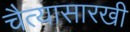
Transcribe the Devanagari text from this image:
चैत्यासारखी